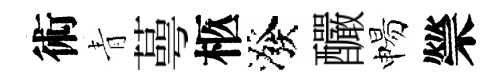
術青蕚柩潑釅惕禜